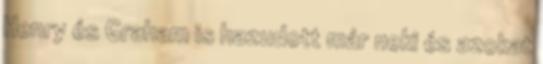
Henry és Graham is hazudott már neki és azokat